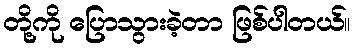
တို့ကို ပြောသွားခဲ့တာ ဖြစ်ပါတယ်။